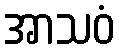
အာသဝံ